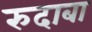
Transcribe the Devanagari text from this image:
रुदाबा